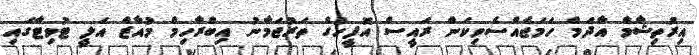
އިރުތިޝާމް އާދަމް ހަމަޖެއްސެވިކަން ރައީސް އޮފީހުގެ ތަރުޖަމާނު އިބްރާހިމް މުއާޒް އަލީ ޓުވިޓާގައި